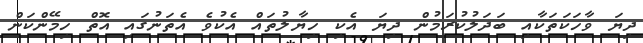
ދިޔަ ވާހަކަތަކާއި ބަދަލުކުރަމުން ދިޔަ އެކި ހިޔާލުތައް އެކުވެ އެތަނުގައި އޮތް ހިމޭންކަން